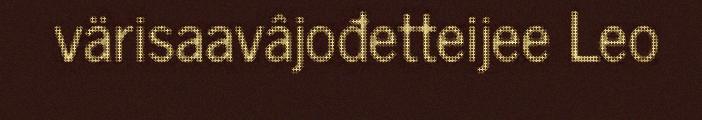
värisaavâjođetteijee Leo